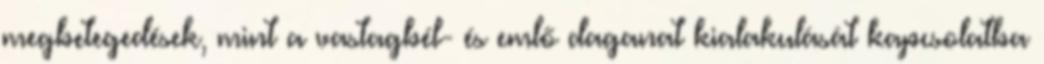
megbetegedések, mint a vastagbél- és emlő daganat kialakulását kapcsolatba